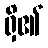
ရှိ၏